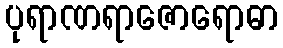
ပုရာဏရာဇောရောဓာ